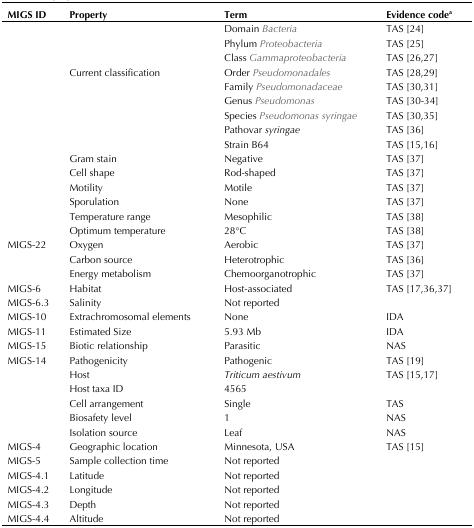
<table><thead><tr><td><b>MIGS ID</b></td><td><b>Property</b></td><td><b>Term</b></td><td><b>Evidence code<sup>a</sup></b></td></tr></thead><tbody><tr><td></td><td></td><td>Domain <i>Bacteria</i></td><td>TAS [24]</td></tr><tr><td></td><td></td><td>Phylum <i>Proteobacteria</i></td><td>TAS [25]</td></tr><tr><td></td><td></td><td>Class <i>Gammaproteobacteria</i></td><td>TAS [26,27]</td></tr><tr><td></td><td>Current classification</td><td>Order <i>Pseudomonadales</i></td><td>TAS [28,29]</td></tr><tr><td></td><td></td><td>Family <i>Pseudomonadaceae</i></td><td>TAS [30,31]</td></tr><tr><td></td><td></td><td>Genus <i>Pseudomonas</i></td><td>TAS [30-34]</td></tr><tr><td></td><td></td><td>Species <i>Pseudomonas syringae</i></td><td>TAS [30,35]</td></tr><tr><td></td><td></td><td>Pathovar <i>syringae</i></td><td>TAS [36]</td></tr><tr><td></td><td></td><td>Strain B64</td><td>TAS [15,16]</td></tr><tr><td></td><td>Gram stain</td><td>Negative</td><td>TAS [37]</td></tr><tr><td></td><td>Cell shape</td><td>Rod-shaped</td><td>TAS [37]</td></tr><tr><td></td><td>Motility</td><td>Motile</td><td>TAS [37]</td></tr><tr><td></td><td>Sporulation</td><td>None</td><td>TAS [37]</td></tr><tr><td></td><td>Temperature range</td><td>Mesophilic</td><td>TAS [38]</td></tr><tr><td></td><td>Optimum temperature</td><td>28°C</td><td>TAS [38]</td></tr><tr><td>MIGS-22</td><td>Oxygen</td><td>Aerobic</td><td>TAS [37]</td></tr><tr><td></td><td>Carbon source</td><td>Heterotrophic</td><td>TAS [36]</td></tr><tr><td></td><td>Energy metabolism</td><td>Chemoorganotrophic</td><td>TAS [37]</td></tr><tr><td>MIGS-6</td><td>Habitat</td><td>Host-associated</td><td>TAS [17,36,37]</td></tr><tr><td>MIGS-6.3</td><td>Salinity</td><td>Not reported</td><td></td></tr><tr><td>MIGS-10</td><td>Extrachromosomal elements</td><td>None</td><td>IDA</td></tr><tr><td>MIGS-11</td><td>Estimated Size</td><td>5.93 Mb</td><td>IDA</td></tr><tr><td>MIGS-15</td><td>Biotic relationship</td><td>Parasitic</td><td>NAS</td></tr><tr><td>MIGS-14</td><td>Pathogenicity</td><td>Pathogenic</td><td>TAS [19]</td></tr><tr><td></td><td>Host</td><td><i>Triticum aestivum</i></td><td>TAS [15,17]</td></tr><tr><td></td><td>Host taxa ID</td><td>4565</td><td></td></tr><tr><td></td><td>Cell arrangement</td><td>Single</td><td>TAS</td></tr><tr><td></td><td>Biosafety level</td><td>1</td><td>NAS</td></tr><tr><td></td><td>Isolation source</td><td>Leaf</td><td>NAS</td></tr><tr><td>MIGS-4</td><td>Geographic location</td><td>Minnesota, USA</td><td>TAS [15]</td></tr><tr><td>MIGS-5</td><td>Sample collection time</td><td>Not reported</td><td></td></tr><tr><td>MIGS-4.1</td><td>Latitude</td><td>Not reported</td><td></td></tr><tr><td>MIGS-4.2</td><td>Longitude</td><td>Not reported</td><td></td></tr><tr><td>MIGS-4.3</td><td>Depth</td><td>Not reported</td><td></td></tr><tr><td>MIGS-4.4</td><td>Altitude</td><td>Not reported</td><td></td></tr></tbody></table>